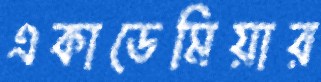
একাডেমিয়ার